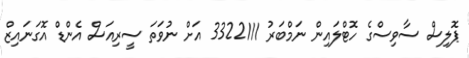
ޕޮލިސް ސާވިސްގެ ހޮޓްލައިން ނަމްބަރު 3322111 އަށް ނުވަތަ ސީރިއަސް އެންޑް އޮގަނައިޒް